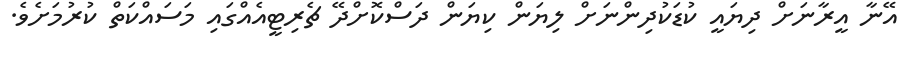
އޭނާ އީރާނަށް ދިޔައީ ކުޑަކުދިންނަށް ލިޔަން ކިޔަން ދަސްކޮށްދޭ ޗެރިޓީއެއްގައި މަސައްކަތް ކުރުމަށެވެ.